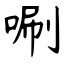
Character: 唰